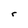
Character: r